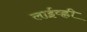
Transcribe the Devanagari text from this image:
लाईव्ह्ली